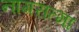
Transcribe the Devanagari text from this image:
नागरात्मा